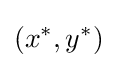
(x^{*},y^{*})